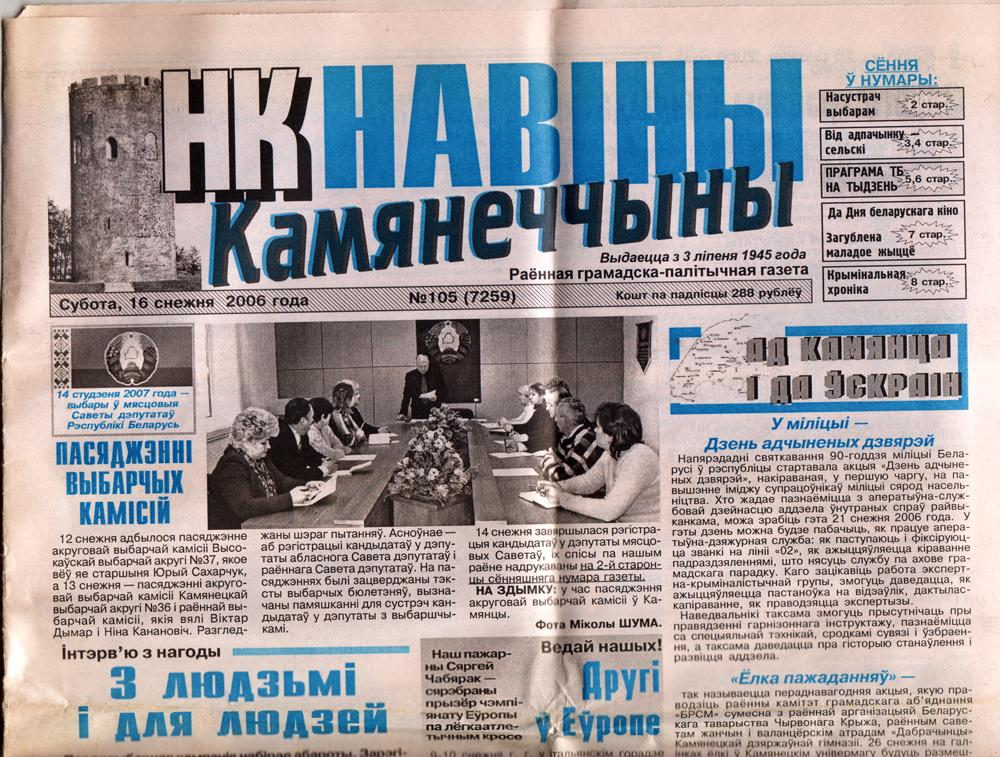
Language: be